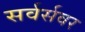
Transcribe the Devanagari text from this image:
सर्वर्सवर